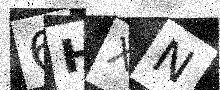
Text: 6HXN